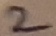
Text: 2